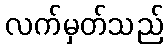
လက်မှတ်သည်